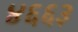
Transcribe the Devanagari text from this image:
४६६३